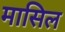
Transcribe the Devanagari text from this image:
मासिल